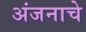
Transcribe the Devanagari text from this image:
अंजनाचे